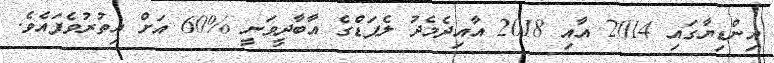
އިންޑިޔާގައި 2014 އާއި 2018 އާއިދެމެދު ލެޕަޑްގެ އާބާދީވަނީ %60 އަށް އިތުރުވެފައެވެ.